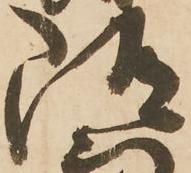
随